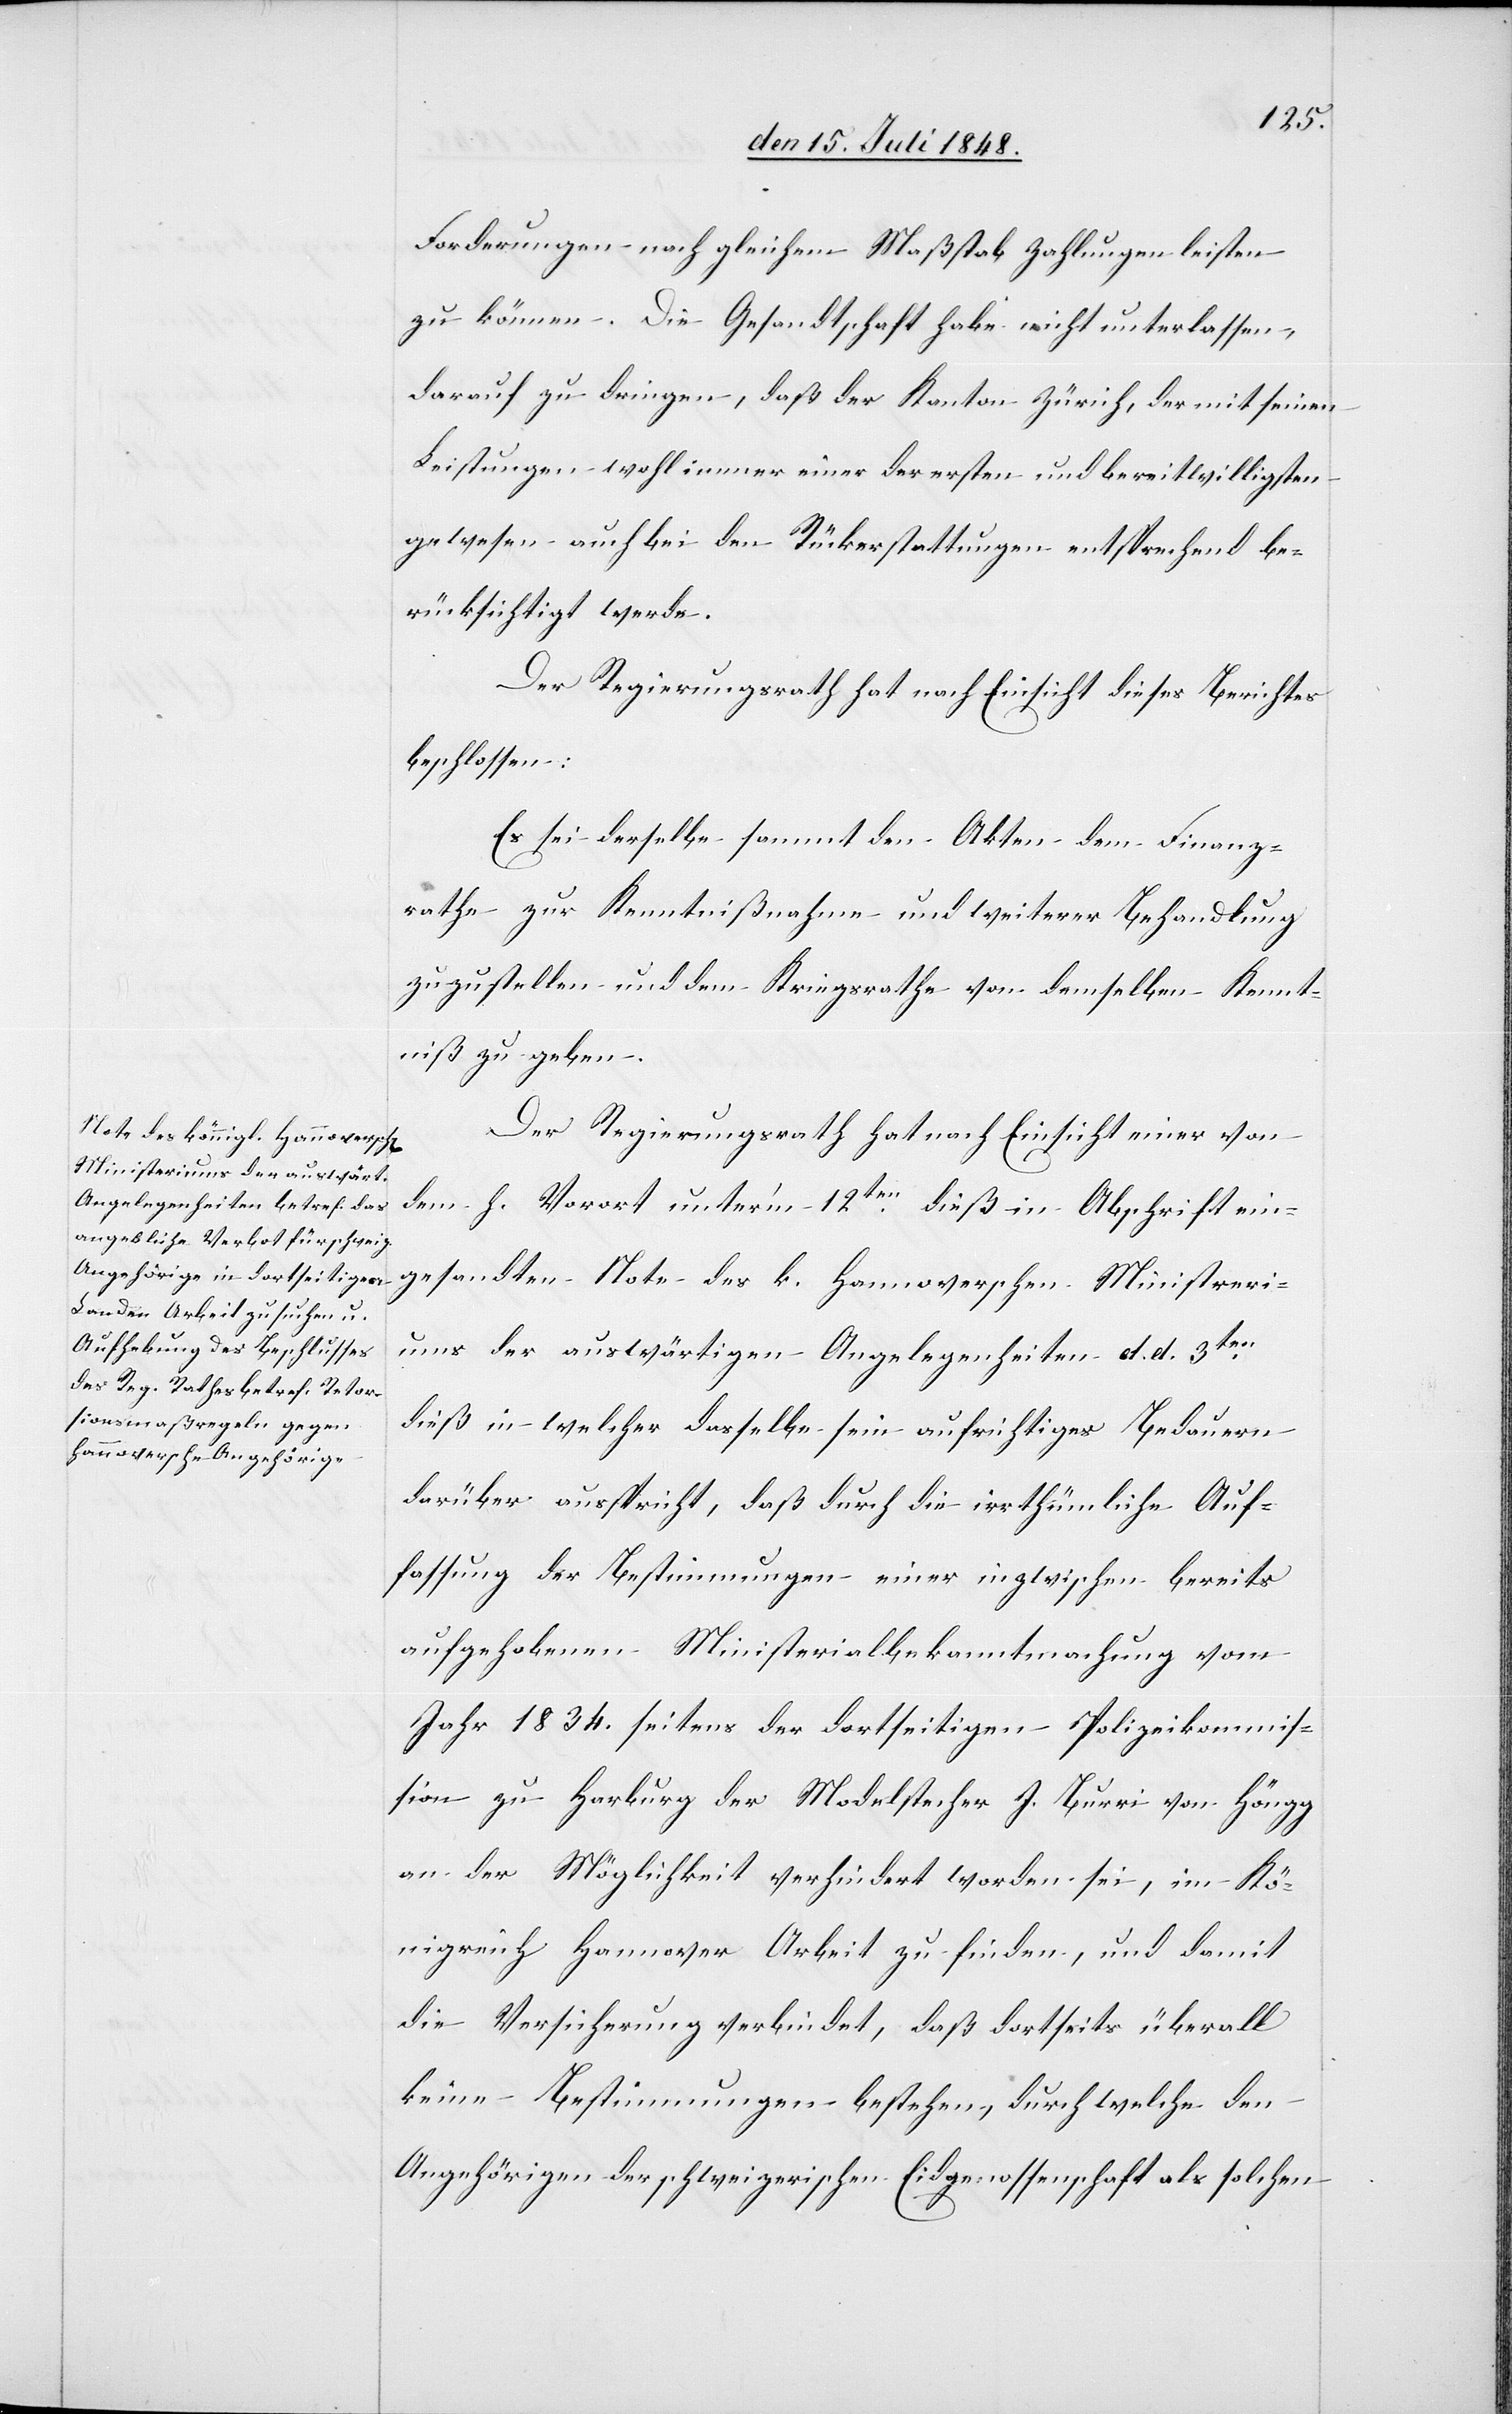
Forderungen nach gleichem Maßstab Zahlungen leisten
zu können. Die Gesandtschaft habe nicht unterlassen,
darauf zu dingen, daß der Kanton Zürich der mit seinen
Leistungen wohl immer einer der ersten und bereitwilligsten
gewesen auch bei den Rückerstattungen entsprechend be¬
rücksichtigt werde.
Der Regierungsrath hat nach Einsicht dieses Berichtes
beschlossen:
Es sei derselbe sammt den Akten dem Finanz¬
rathe zur Kenntnißnahme und weiterer Behandlung
zuzustellen und dem Kriegsrathe von demselben Kennt¬
niß zu geben.
Der Regierungsrath hat nach Einsicht einer von
dem h. Vorort unter’m 12ten dieß in Abschrift ein¬
gesandten Note des k. Hannoverschen Ministeri¬
ums der auswärtigen Angelegenheiten d. d. 3ten
dieß in welcher dasselbe sein aufrichtiges Bedauern
darüber ausspricht, daß durch die irrthümliche Auf¬
fassung der Bestimmungen einer inzwischen bereits
aufgehobenen Ministerialbekanntmachung vom
Jahr 1834. seitens der dortseitigen Polizeikommis¬
sion zu Harburg der Modelstecher J. Burri von Höngg
an der Möglichkeit verhindert worden sei, im Kö¬
nigreich Hannover Arbeit zu finden, und damit
die Versicherung verbindet, daß dortseits überall
keine Bestimmungen bestehen, durch welche den
Angehörigen der schweizerischen Eidgenossenschaft als solchen